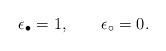
LaTeX: \begin{align*}\epsilon_{\bullet}=1,~~~~~~\epsilon_{\circ}=0.\end{align*}